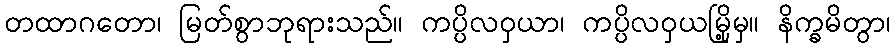
တထာဂတော၊ မြတ်စွာဘုရားသည်။ ကပ္ပိလဝှယာ၊ ကပ္ပိလဝှယမြို့မှ။ နိက္ခမိတွာ၊